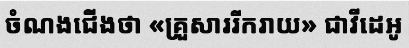
ចំណងជើងថា «គ្រួសាររីករាយ» ជាវីដេអូ